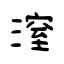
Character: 潌